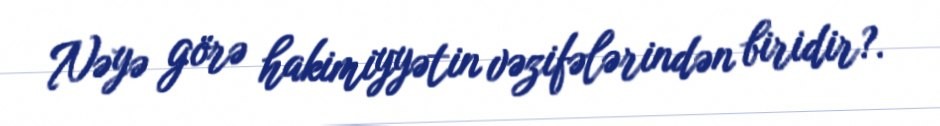
Nəyə görə hakimiyyətin vəzifələrindən biridir?.